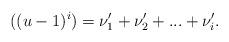
LaTeX: \begin{align*}((u-1)^i) = \nu_1'+\nu_2'+...+\nu_i'.\end{align*}